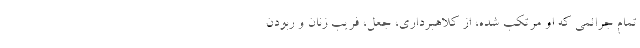
تمام جرائمی که او مرتکب شده، از کلاهبرداری، جعل، فریب زنان و ربودن